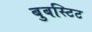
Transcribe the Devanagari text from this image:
बुबस्टिट